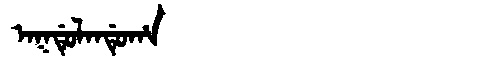
Manchu: ᠠᡴᡩᡠᠯᠠᠨᡩᡠᡥᠠ
Romanization: AKDULANDUHA